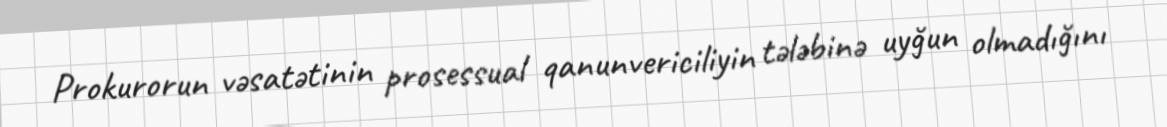
Prokurorun vəsatətinin prosessual qanunvericiliyin tələbinə uyğun olmadığını